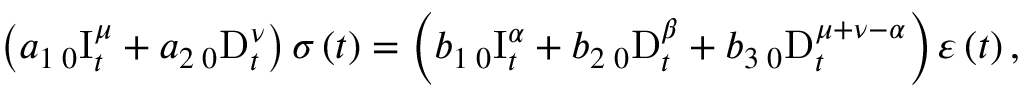
\left( a _ { 1 } \, _ { 0 } \mathrm { I } _ { t } ^ { \mu } + a _ { 2 } \, _ { 0 } \mathrm { D } _ { t } ^ { \nu } \right) \sigma \left( t \right) = \left( b _ { 1 } \, _ { 0 } \mathrm { I } _ { t } ^ { \alpha } + b _ { 2 } \, _ { 0 } \mathrm { D } _ { t } ^ { \beta } + b _ { 3 } \, _ { 0 } \mathrm { D } _ { t } ^ { \mu + \nu - \alpha } \right) \varepsilon \left( t \right) ,